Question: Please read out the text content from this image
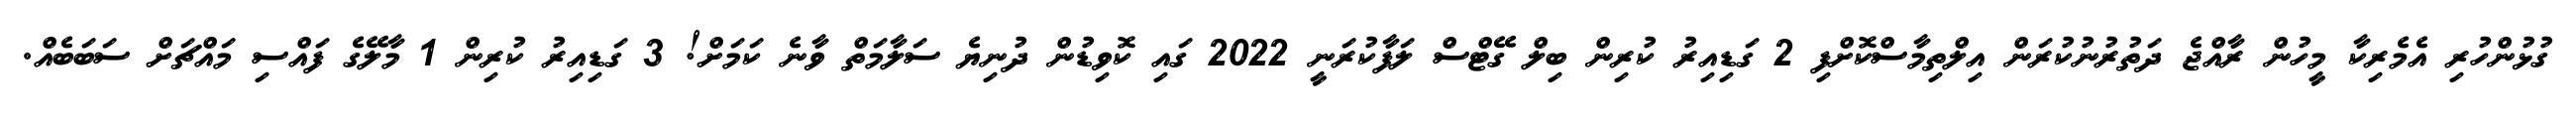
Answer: ގުޅުންހުރި އެމެރިކާ މީހުން ރާއްޖެ ދަތުރުނުކުރަން އިލްތިމާސްކޮށްފި 2 ގަޑިއިރު ކުރިން ބިލް ގޭޓްސް ލަފާކުރަނީ 2022 ގައި ކޮވިޑުން ދުނިޔެ ސަލާމަތް ވާނެ ކަމަށް! 3 ގަޑިއިރު ކުރިން 1 މާލޭގެ ފައްސި މައްޗަށް ސަބަބެއް.